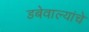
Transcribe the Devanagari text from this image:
डबेवाल्यांचे